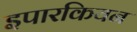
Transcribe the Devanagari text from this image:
इपारकियन